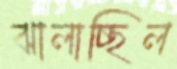
ঝালাচ্ছিল